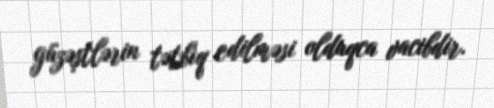
güzəştlərin tətbiq edilməsi olduqca vacibdir.